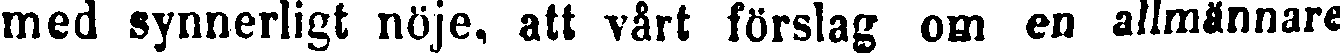
med synnerligt nöje, att vårt förslag om en allmännare